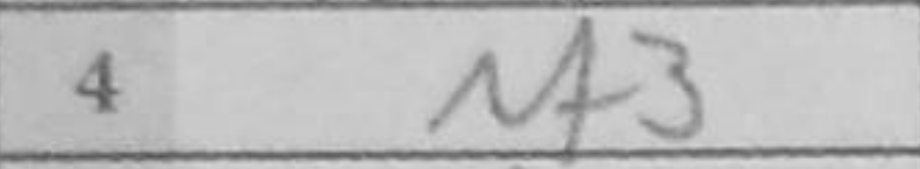
Transcription: Nf3